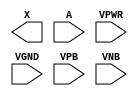
module sky130_fd_sc_lp__buflp (
    X   ,
    A   ,
    VPWR,
    VGND,
    VPB ,
    VNB
);

    output X   ;
    input  A   ;
    input  VPWR;
    input  VGND;
    input  VPB ;
    input  VNB ;
endmodule